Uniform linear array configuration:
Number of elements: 32
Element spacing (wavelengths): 0.75
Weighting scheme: kaiser
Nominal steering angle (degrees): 45
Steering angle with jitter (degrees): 44.199
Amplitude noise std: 0.05
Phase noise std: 0.05

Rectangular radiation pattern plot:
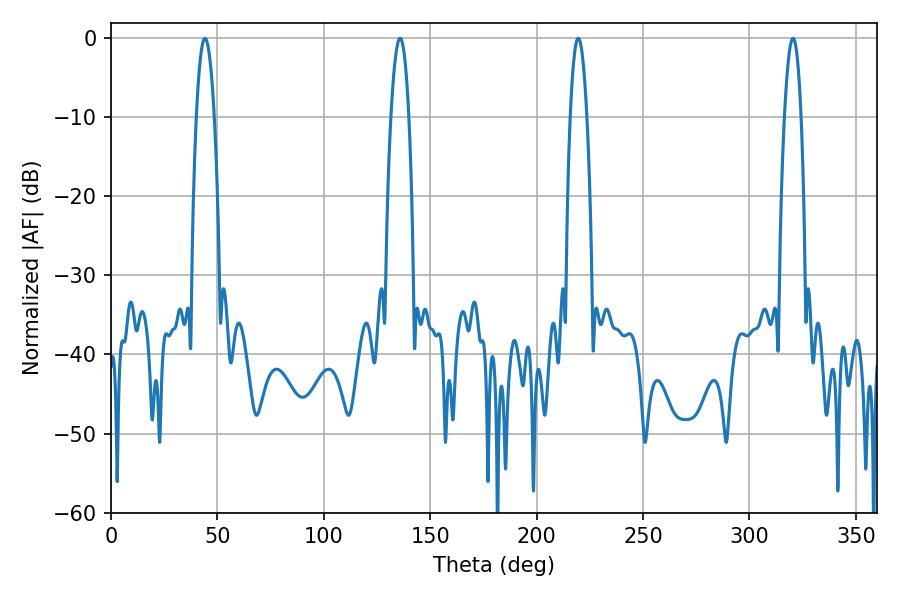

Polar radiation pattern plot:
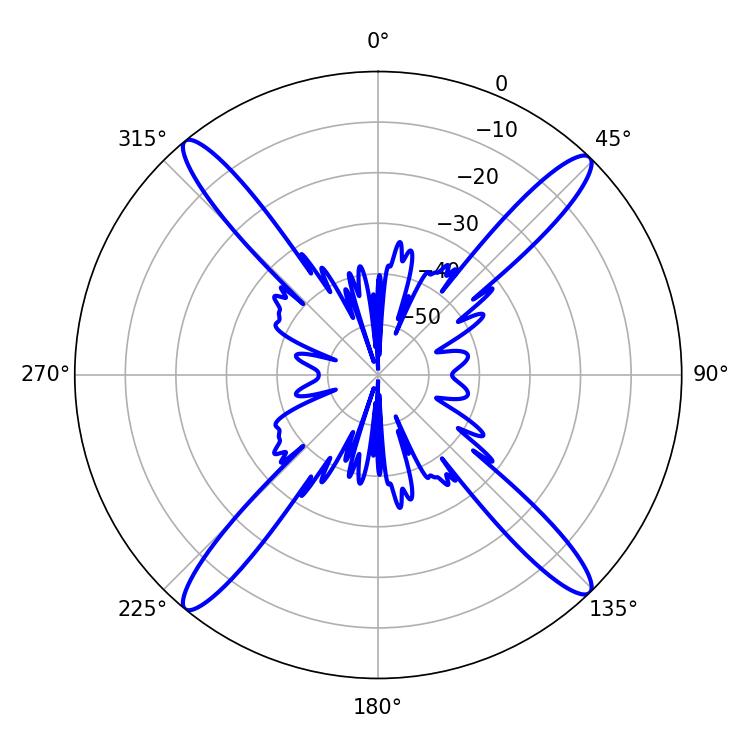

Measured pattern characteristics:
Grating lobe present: TRUE
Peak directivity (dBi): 20.384
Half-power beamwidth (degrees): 4.5
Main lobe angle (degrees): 44.1